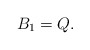
\begin{align*} B_1 = Q.\end{align*}